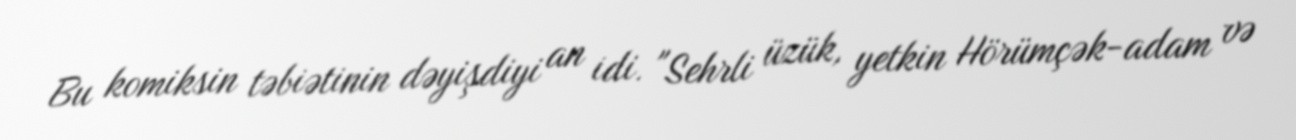
Bu komiksin təbiətinin dəyişdiyi an idi. "Sehrli üzük, yetkin Hörümçək-adam və